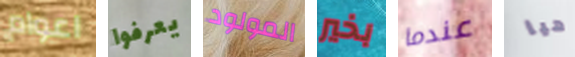
اعوام يعرفوا المولود بخير عندما هيا